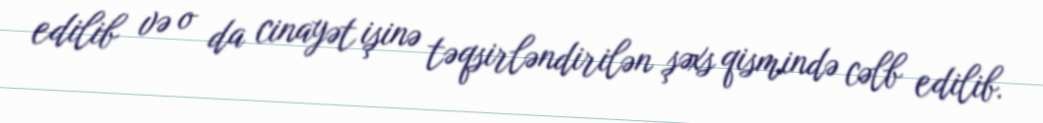
edilib və o da cinayət işinə təqsirləndirilən şəxs qismində cəlb edilib.